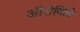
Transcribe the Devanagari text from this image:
ऑरोविल्ले